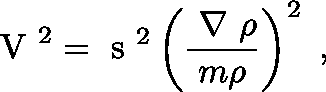
\mathrm { \boldmath ~ V ~ } ^ { 2 } = \mathrm { \boldmath ~ s ~ } ^ { 2 } \left( \frac { { \mathrm { \boldmath ~ \nabla ~ } } \rho } { m \rho } \right) ^ { 2 } \ ,